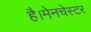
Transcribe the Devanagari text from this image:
है।मेनचेस्टर